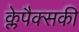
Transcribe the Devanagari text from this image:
क्लेपैक्सकी